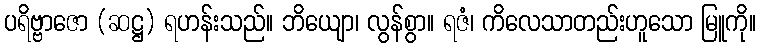
ပရိဗ္ဗာဇော (ဆဋ္ဌ) ရဟန်းသည်။ ဘိယျော၊ လွန်စွာ။ ရဇံ၊ ကိလေသာတည်းဟူသော မြူကို။